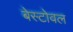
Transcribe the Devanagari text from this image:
बेस्टोवल